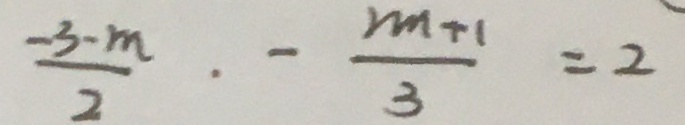
\frac { - 3 - m } { 2 } \cdot - \frac { 2 m + 1 } { 3 } = 2